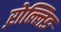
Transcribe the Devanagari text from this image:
ऱोल्लिङ